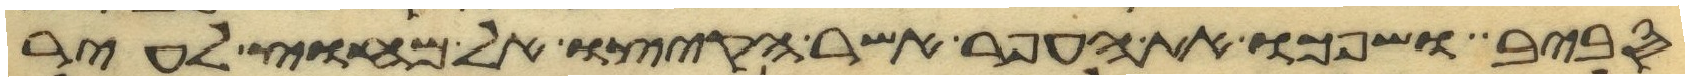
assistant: סביב ושפכו את העפר אשר הקיצו אל מחוץ לעיר